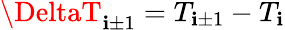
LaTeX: \DeltaT_{\mathbf{i}\pm1}=T_{\mathbf{i}\pm1}-T_{\mathbf{i}}